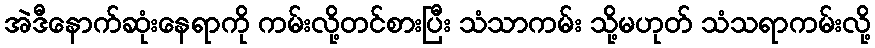
အဲဒီနောက်ဆုံးနေရာကို ကမ်းလို့တင်စားပြီး သံသာကမ်း သို့မဟုတ် သံသရာကမ်းလို့